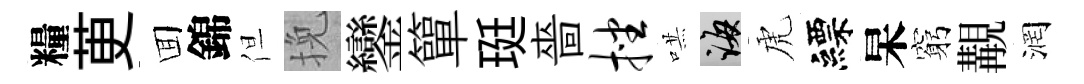
糧茰囬錦但挽鑾簞珽嗇挫哄誨虎縹杲窮覯润